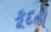
કૂદતો